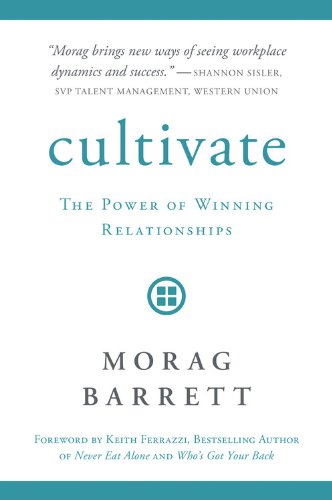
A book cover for Cultivate: The Power of Winning Relationships; Morag Barrett; Business & Money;